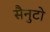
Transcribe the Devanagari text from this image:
सैनुटो